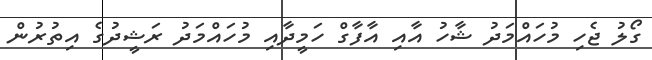
ގޯލު ޖެހި މުހައްމަދު ޝާހު އާއި އާފާގް ހަމީދާއި މުހައްމަދު ރަޝީދުގެ އިތުރުން